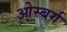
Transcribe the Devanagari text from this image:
ओस्बर्ग